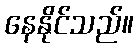
နေနိုင်သည်။